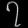
Digit: ၇